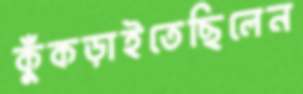
কুঁকড়াইতেছিলেন